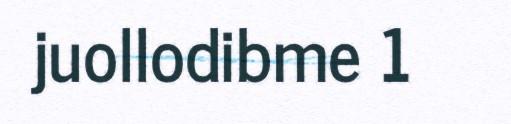
juollodibme 1